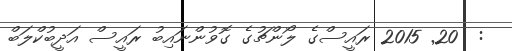
:  20